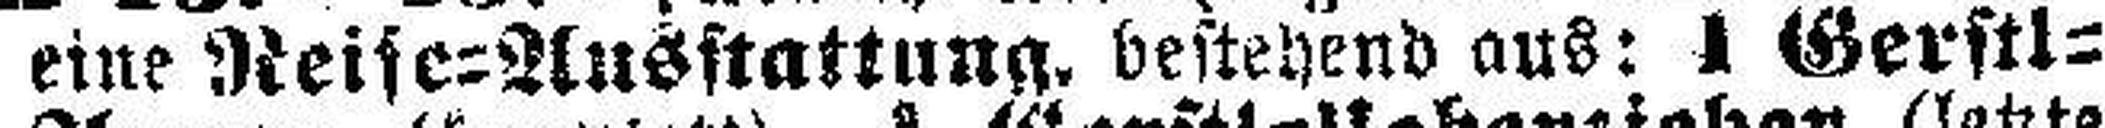
eine Reife=Ausstattung, bestehend aus: 1 Gerstl=